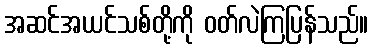
အဆင်အယင်သစ်တို့ကို ဝတ်လဲကြပြန်သည်။